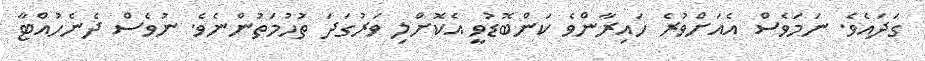
ގަދައެވެ. ނަމަވެސް އެއަށްވުރެ ހައިރާންވެ ކަންބޮޑުވީ އެކޮށްލި ވަރުގަދަ ތުހުމަތުންނެވެ. ނުވެސް ދެނެހުއްޓާ